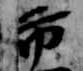
市